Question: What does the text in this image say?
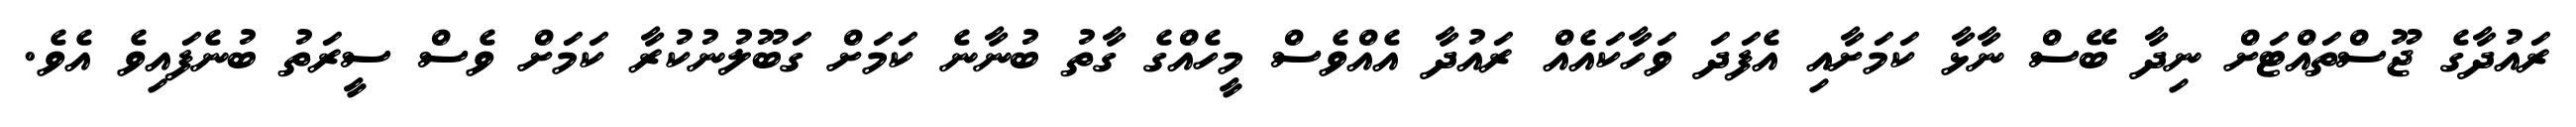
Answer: ރައުދާގެ ޖޫސްތައްޓަށް ނިދާ ބޭސް ނާޅާ ކަމަށާއި އެފަދަ ވަހާކައެއް ރައުދާ އެއްވެސް މީހެއްގެ ގާތު ބުނާނެ ކަމަށް ގަބޫލުނުކުރާ ކަމަށް ވެސް ސީރަތު ބުނެފައިވެ އެވެ.